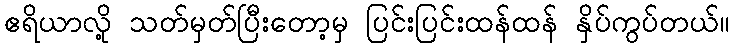
ဧရိယာလို့ သတ်မှတ်ပြီးတော့မှ ပြင်းပြင်းထန်ထန် နှိပ်ကွပ်တယ်။